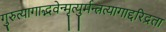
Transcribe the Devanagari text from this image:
गुरुत्यागाद्भवेन्मृत्युर्मन्त्रत्यागाद्दरिद्रता